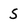
Character: S